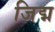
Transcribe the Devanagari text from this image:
जिद्म